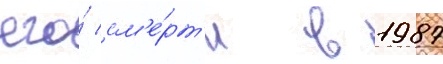
его́ см'е́рт'и в 1987